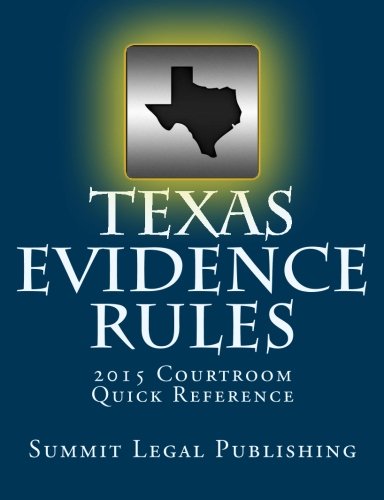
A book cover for Texas Evidence Rules Courtroom Quick Reference: 2015; Summit Legal Publishing; Law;